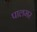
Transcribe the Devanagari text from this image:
पालमर